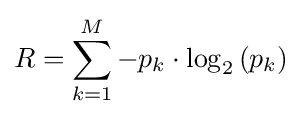
R=\sum _{k=1}^{M}-p_{k}\cdot \log _{2}\left(p_{k}\right)